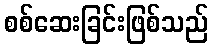
စစ်ဆေးခြင်းဖြစ်သည်